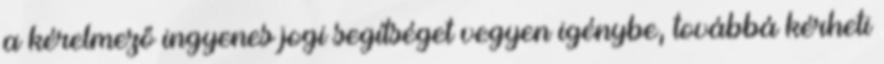
a kérelmező ingyenes jogi segítséget vegyen igénybe, továbbá kérheti